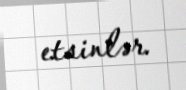
etsinlər.